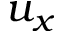
u _ { x }